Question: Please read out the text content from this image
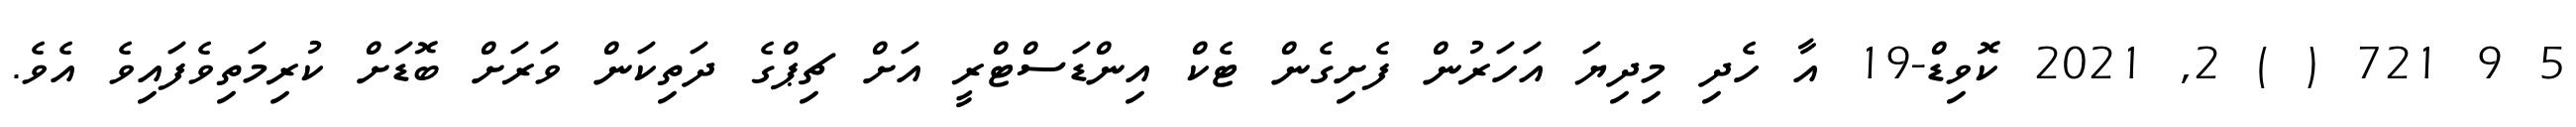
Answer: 5 9 721 ( ) 2, 2021 ކޮވިޑް-19 އާ ހެދި މިދިޔަ އަހަރުން ފެށިގެން ޓެކް އިންޑަސްޓްރީ އަށް ޗިޕްގެ ދަތިކަން ވަރަށް ބޮޑަށް ކުރިމަތިވެފައިވެ އެވެ.